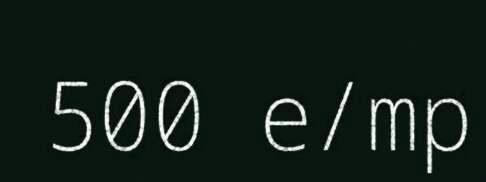
500 e/mp